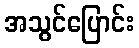
အသွင်ပြောင်း